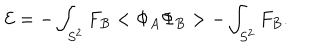
LaTeX: { \cal E } = - \int _ { S ^ { 2 } } F _ { B } < \Phi _ { A } \Phi _ { B } > - \int _ { S ^ { 2 } } F _ { B } .